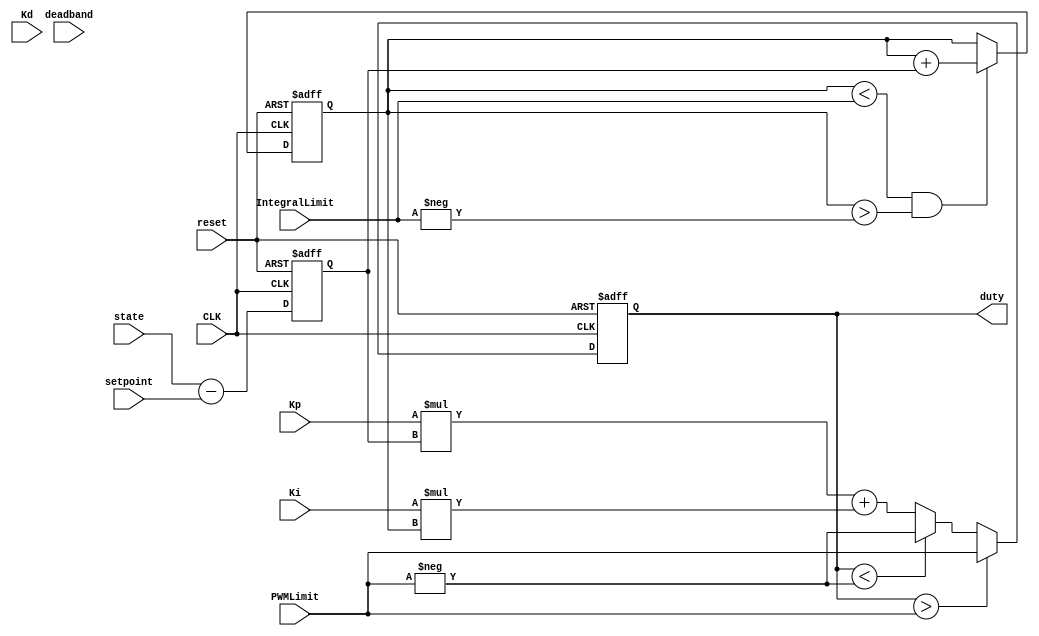
module motorControl(
    input CLK,
    input reset,
    output signed [23:0] duty,
    input signed [23:0] setpoint,
    input signed [23:0] state,
    input signed [23:0] Kp,
    input signed [23:0] Ki,
    input signed [23:0] Kd,
    input signed [23:0] PWMLimit,
    input signed [23:0] IntegralLimit,
    input signed [23:0] deadband
  );

  // if we use the err_prev every clock tick, Kd is effectively useless
  reg [6:0] Kd_delay_counter;
  reg signed [23:0] result;
  assign duty = result;

  always @ ( posedge CLK , posedge reset) begin: PID_CONTROLLER
    reg signed [23:0] err;
    reg signed [23:0] err_prev;
    reg signed [23:0] integral;
    if(reset)begin
      err <= 0;
      err_prev <= 0;
      result <= 0;
      integral <= 0;
    end else begin
      err <= (state-setpoint);
      if((integral<IntegralLimit) && (integral>-IntegralLimit)) begin
        integral <= integral+err;
      end
      result <= Kp*err + Ki*integral;//;// + Kd * (err_prev-err)
      // if((result>deadband) || (result < -deadband))begin
      if(result>PWMLimit)begin
        result <= PWMLimit;
      end else if(result<-PWMLimit)begin
        result <= -PWMLimit;
      end
      // end else begin
      //   result <= 0;
      // end
      // Kd_delay_counter <= Kd_delay_counter + 1;
      // if(Kd_delay_counter==0)begin
      //   err_prev <= err;
      // end
    end
  end

endmodule